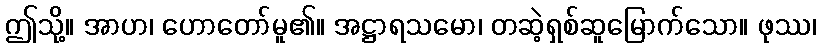
ဤသို့။ အာဟ၊ ဟောတော်မူ၏။ အဋ္ဌာရသမော၊ တဆဲ့ရှစ်ဆူမြောက်သော။ ဖုဿ၊